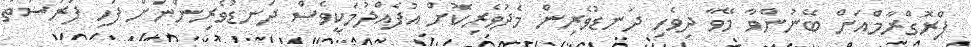
ޕްރޮގްރާމްއަށް ބޭނުންވާ މޭވާ ދިވެހި ދަނޑުވެރިން މެދުވެރިކޮށް އުފެއްދުމަކީވެސް ދަނޑުވެރިންނަށް ފަހި ފުރުސަތު